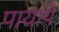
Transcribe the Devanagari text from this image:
पायांपें